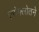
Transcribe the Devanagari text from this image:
एरोफ्लोतने